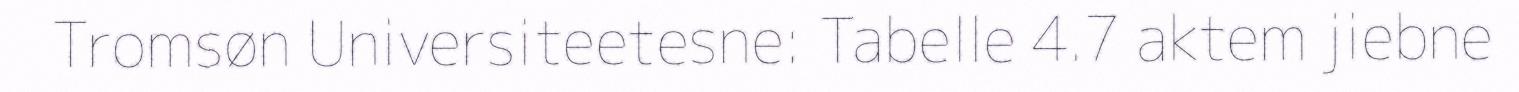
Tromsøn Universiteetesne: Tabelle 4.7 aktem jiebne